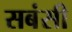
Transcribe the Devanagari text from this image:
सबंसी